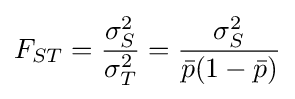
F_{ST}={\frac {\sigma _{S}^{2}}{\sigma _{T}^{2}}}={\frac {\sigma _{S}^{2}}{{\bar {p}}(1-{\bar {p}})}}